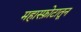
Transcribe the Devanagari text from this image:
महास्फ़ोटातून